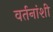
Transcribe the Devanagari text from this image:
वर्तनांशी